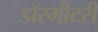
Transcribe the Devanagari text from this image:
डॉरमीटरी